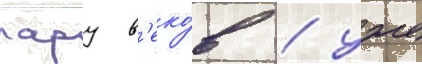
пару в'еко́в / уже